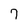
Character: 7